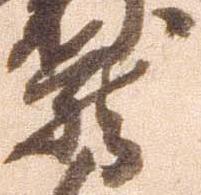
蔵